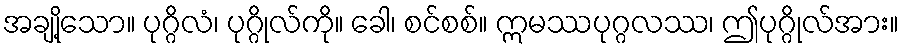
အချို့သော။ ပုဂ္ဂိလံ၊ ပုဂ္ဂိုလ်ကို။ ခေါ၊ စင်စစ်။ ဣမဿပုဂ္ဂလဿ၊ ဤပုဂ္ဂိုလ်အား။